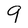
Character: 9